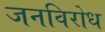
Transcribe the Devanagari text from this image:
जनविरोध